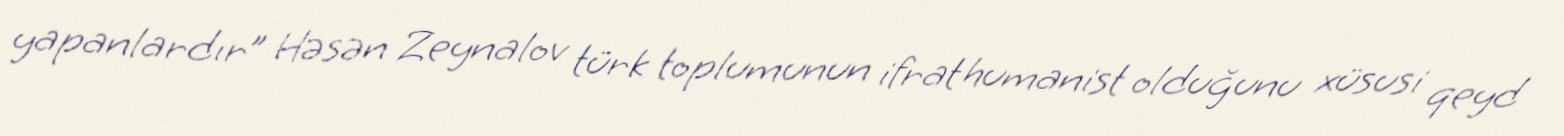
yapanlardır” Həsən Zeynalov türk toplumunun ifrat humanist olduğunu xüsusi qeyd